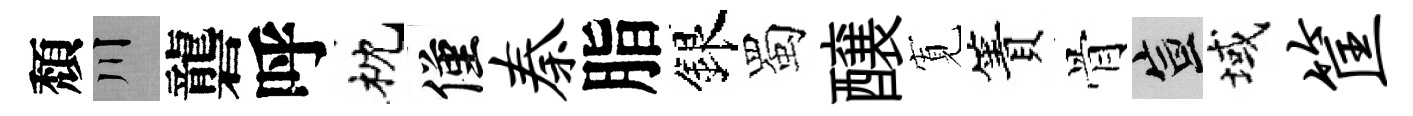
頽川礱呼枕僅秦脂銀蜀醸𡩖簀骨宣域筐